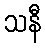
သနီ